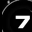
Digit: 7